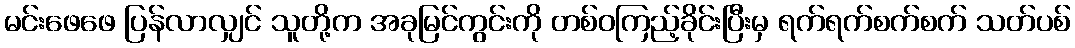
မင်းဖေဖေ ပြန်လာလျှင် သူတို့က အခုမြင်ကွင်းကို တစ်ဝကြည့်ခိုင်းပြီးမှ ရက်ရက်စက်စက် သတ်ပစ်